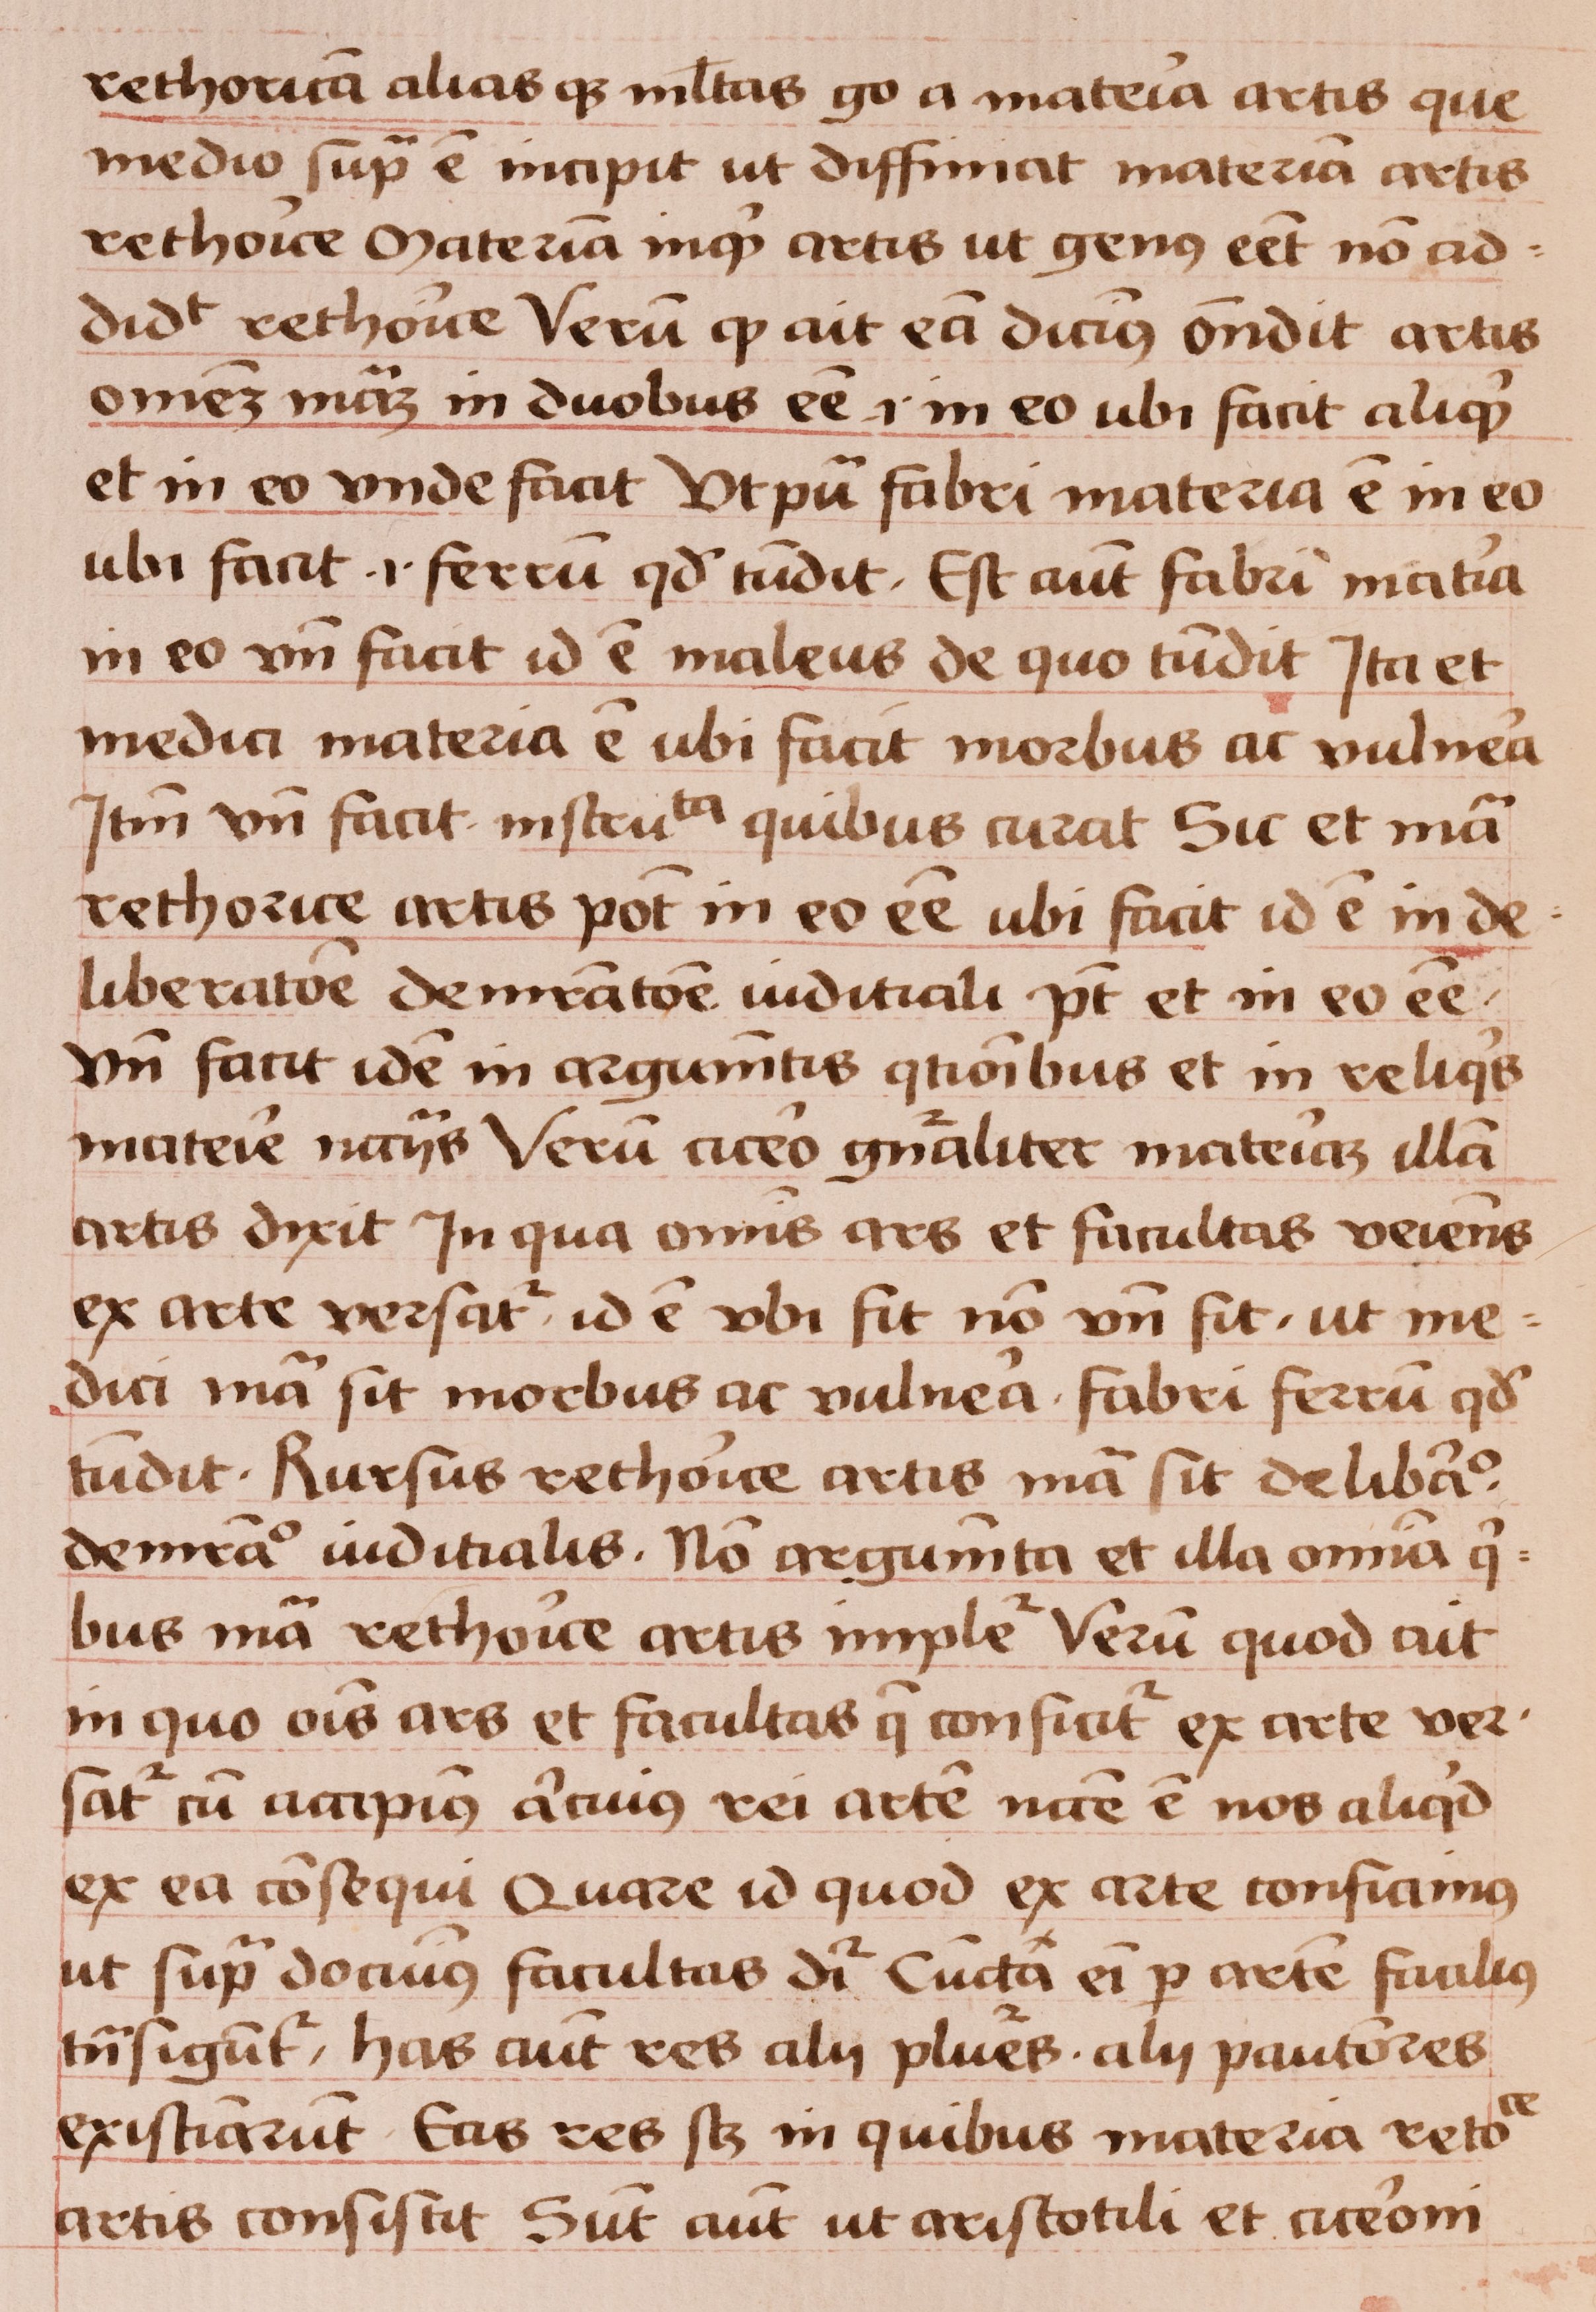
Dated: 1450–1474